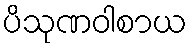
ပိသုဏဝါစာယ